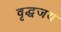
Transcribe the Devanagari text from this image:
वृद्धजय